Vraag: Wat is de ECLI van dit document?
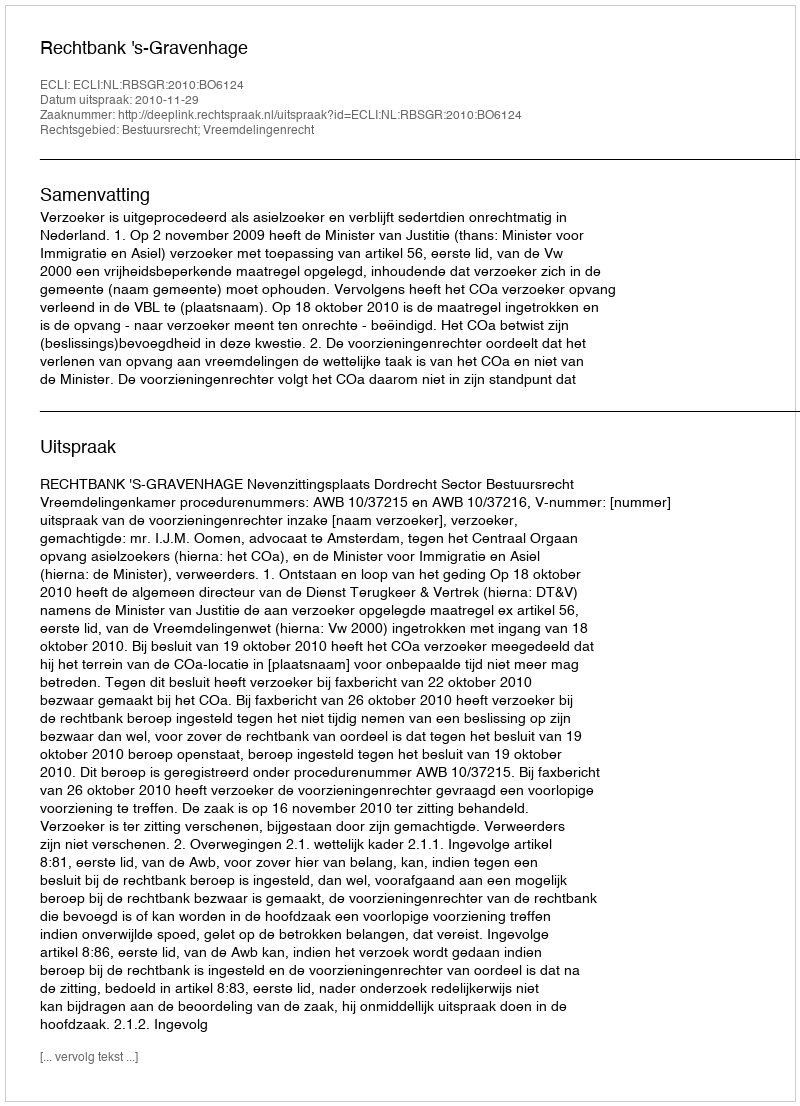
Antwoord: ECLI:NL:RBSGR:2010:BO6124